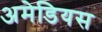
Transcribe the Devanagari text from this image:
अमेडियस